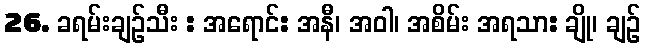
26. ခရမ်းချဉ်သီး : အရောင်: အနီ၊ အဝါ၊ အစိမ်း အရသာ: ချို၊ ချဉ်